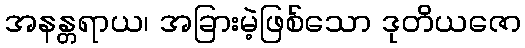
အနန္တရာယ၊ အခြားမဲ့ဖြစ်သော ဒုတိယဇော